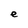
Character: e